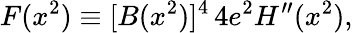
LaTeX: F(x^{2})\equiv[B(x^{2})]^{4}\, 4e^{2}H^{\prime\prime}(x^{2}),